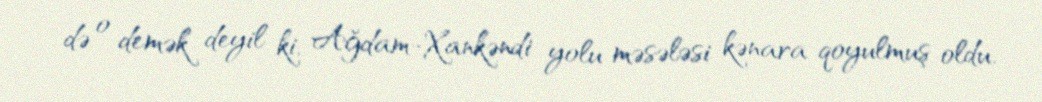
də o demək deyil ki, Ağdam-Xankəndi yolu məsələsi kənara qoyulmuş oldu.